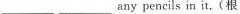
___ any pencils ia it. (根